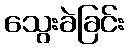
သွေးခဲခြင်း